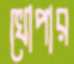
খোপার